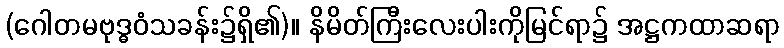
(ဂေါတမဗုဒ္ဓဝံသခန်း၌ရှိ၏)။ နိမိတ်ကြီးလေးပါးကိုမြင်ရာ၌ အဋ္ဌကထာဆရာ